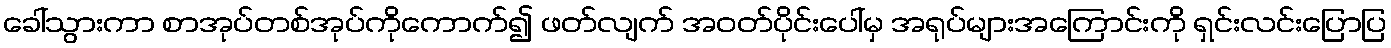
ခေါ်သွားကာ စာအုပ်တစ်အုပ်ကိုကောက်၍ ဖတ်လျက် အဝတ်ပိုင်းပေါ်မှ အရုပ်များအကြောင်းကို ရှင်းလင်းပြောပြ